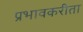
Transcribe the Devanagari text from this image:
प्रभावकरीता